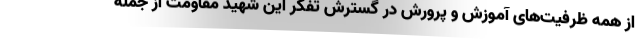
از همه ظرفیت‌های آموزش و پرورش در گسترش تفکر این شهید مقاومت از جمله